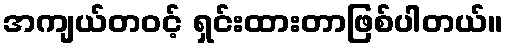
အကျယ်တဝင့် ရှင်းထားတာဖြစ်ပါတယ်။